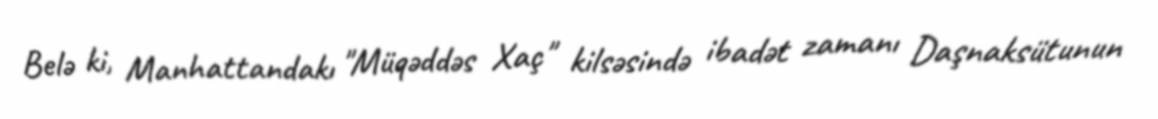
Belə ki, Manhattandakı "Müqəddəs Xaç" kilsəsində ibadət zamanı Daşnaksütunun